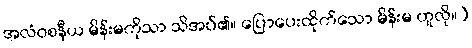
အလံဝစနီယ မိန်းမကိုသာ သိအပ်၏။ ပြောပေးထိုက်သော မိန်းမ ဟူလို။)